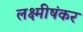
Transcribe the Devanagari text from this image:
लक्ष्मीषंकर